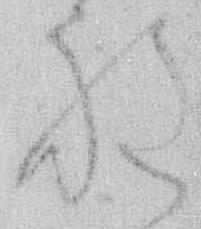
程